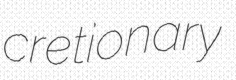
cretionary